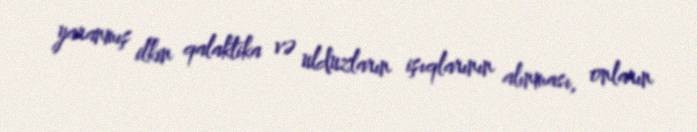
yaranmış ilkin qalaktika və ulduzların işıqlarının alınması, onların